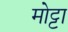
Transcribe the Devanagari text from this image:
मोट्टा